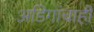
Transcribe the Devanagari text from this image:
अडिगांचाही